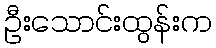
ဦးသောင်းထွန်းက